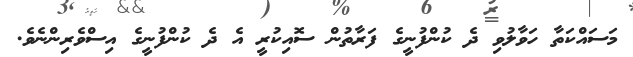
މަސައްކަތާ ހަވާލުވި ދެ ކުންފުނީގެ ފަރާތުން ސޮއިކުރީ އެ ދެ ކުންފުނީގެ އިސްވެރިންނެވެ.